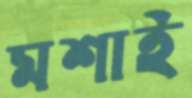
মশাই